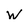
Character: w